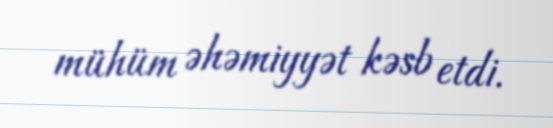
mühüm əhəmiyyət kəsb etdi.